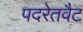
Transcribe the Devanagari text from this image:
पदरेतवैट